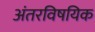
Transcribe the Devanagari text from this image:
अंतरविषयिक